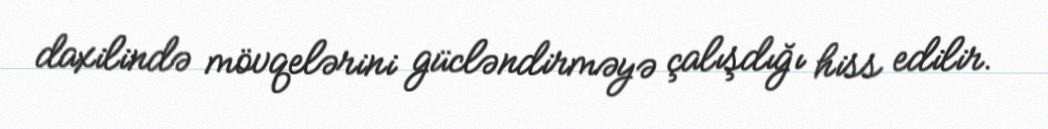
daxilində mövqelərini gücləndirməyə çalışdığı hiss edilir.